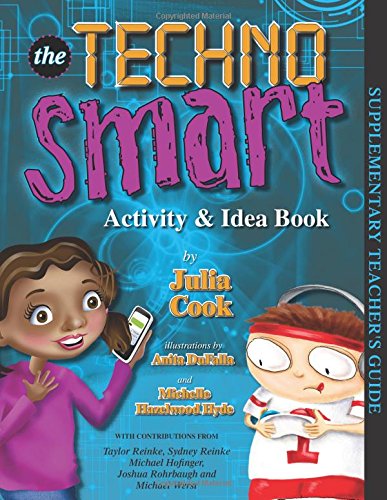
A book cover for TechnoSmart Activity & Idea Book; Julia Cook; Parenting & Relationships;